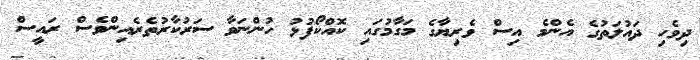
ދިވެހި ދައުލަތުގެ އެންމެ އިސް ވެރިޔާގެ މަގާމުގައި ކޮއްކޯފުޅު ހުންނަވާ ސަރުކާރުތެރެއިންވެސް ރައީސް